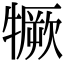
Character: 𤛦